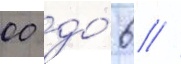
00 до́ 6 //